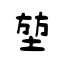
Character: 堃